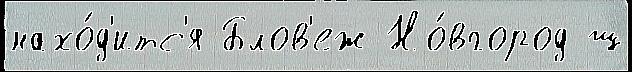
нахо́д'итс'я Блов'еж Но́вгород ш